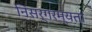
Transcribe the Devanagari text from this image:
निसर्गरम्यता